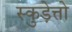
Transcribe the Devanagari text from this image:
स्कुड़ेत्तो